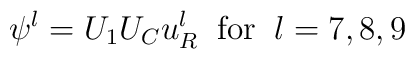
\psi^{l} = U_{1} U_{C} u_{R}^{l} \; \; {\rm for} \; \; l =7, 8, 9